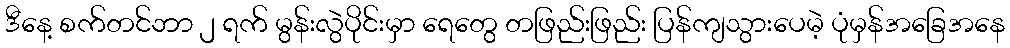
ဒီနေ့ စက်တင်ဘာ ၂ ရက် မွန်းလွဲပိုင်းမှာ ရေတွေ တဖြည်းဖြည်း ပြန်ကျသွားပေမဲ့ ပုံမှန်အခြေအနေ